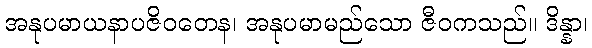
အနုပမာယနာပဇိဝတေန၊ အနုပမာမည်သော ဇီဝကသည်။ ဒိန္နာ၊